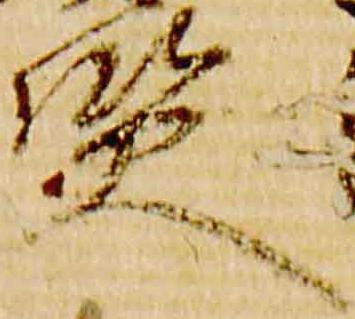
賢